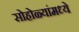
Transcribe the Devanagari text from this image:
सोहोळ्यांमध्ये